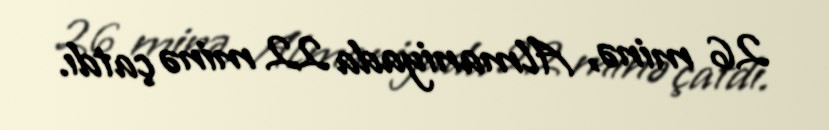
26 minə, Almaniyada 22 minə çatdı.